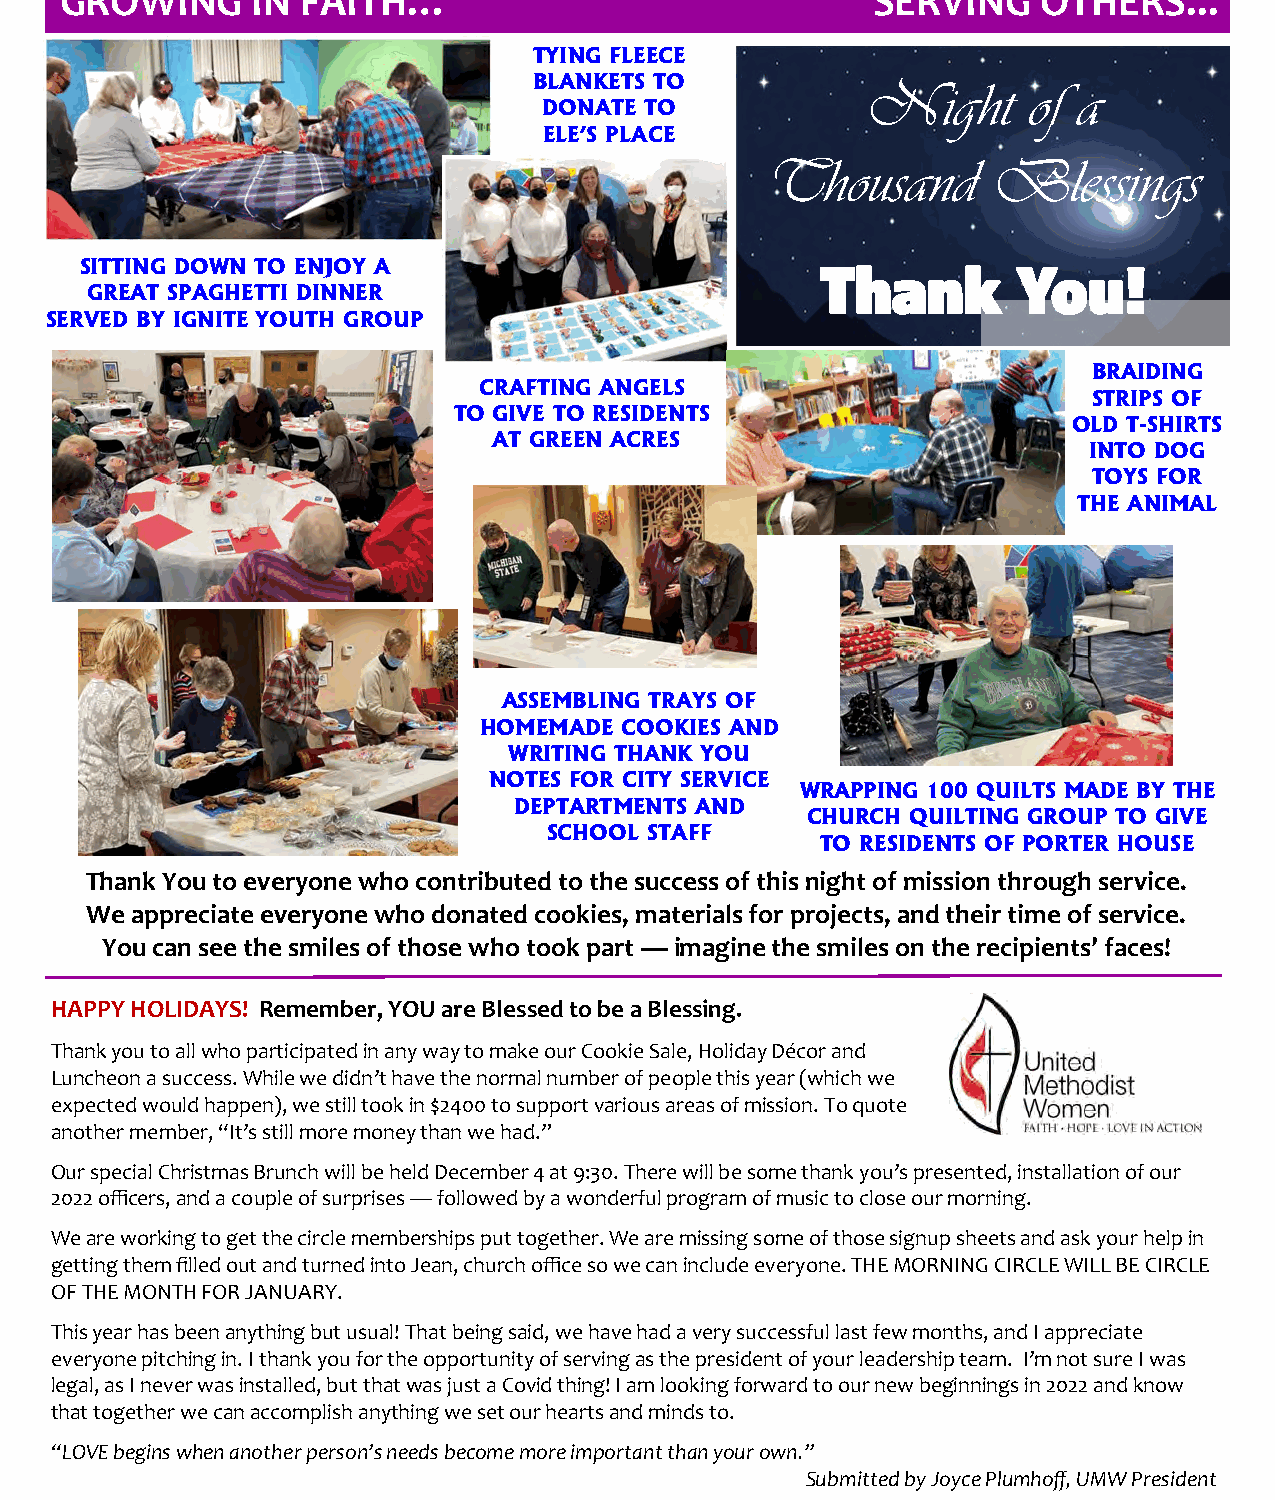
GROWING      IN FAITH…                                SERVING    OTHERS...
 TYING FLEECE
 BLANKETS TO
 Night      of a
 DONATE TO
 ELE’S PLACE
 Thousand       Blessings
 SITTING DOWN TO ENJOY A
 Thank        You!
 GREAT SPAGHETTI DINNER
 SERVED BY IGNITE YOUTH GROUP
 BRAIDING
 CRAFTING ANGELS
 STRIPS OF
 TO GIVE TO RESIDENTS
 OLD T-SHIRTS
 AT GREEN ACRES
 INTO DOG
 TOYS FOR
 THE ANIMAL
 ASSEMBLING TRAYS OF
 HOMEMADE COOKIES AND
 WRITING THANK YOU
 NOTES FOR CITY SERVICE
 WRAPPING 100 QUILTS MADE BY THE
 DEPTARTMENTS AND
 CHURCH QUILTING GROUP TO GIVE
 SCHOOL STAFF
 TO RESIDENTS OF PORTER HOUSE
 Thank You to everyone who contributed to the success of this night of mission through service.
 We appreciate everyone who donated cookies, materials for projects, and their time of service.
 You can see the smiles of those who took part — imagine the smiles on the recipients’ faces!
 HAPPY HOLIDAYS! Remember, YOU are Blessed to be a Blessing.
 Thank you to all who participated in any way to make our Cookie Sale, Holiday Décor and
 Luncheon a success. While we didn’t have the normal number of people this year (which we
 expected would happen), we still took in $2400 to support various areas of mission. To quote
 another member, “It’s still more money than we had.”
 Our special Christmas Brunch will be held December 4 at 9:30. There will be some thank you’s presented, installation of our
 2022 officers, and a couple of surprises — followed by a wonderful program of music to close our morning.
 We are working to get the circle memberships put together. We are missing some of those signup sheets and ask your help in
 getting them filled out and turned into Jean, church office so we can include everyone. THE MORNING CIRCLE WILL BE CIRCLE
 OF THE MONTH FOR JANUARY.
 This year has been anything but usual! That being said, we have had a very successful last few months, and I appreciate
 everyone pitching in. I thank you for the opportunity of serving as the president of your leadership team. I’m not sure I was
 legal, as I never was installed, but that was just a Covid thing! I am looking forward to our new beginnings in 2022 and know
 that together we can accomplish anything we set our hearts and minds to.
 “LOVE begins when another person’s needs become more important than your own.”
 Submitted by Joyce Plumhoff, UMW President